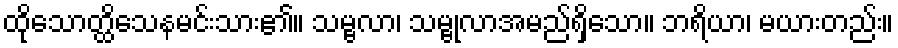
ထိုသောတ္ထိသေနမင်းသား၏။ သမ္ဗလာ၊ သမ္ဗုလာအမည်ရှိသော။ ဘရိယာ၊ မယားတည်း။